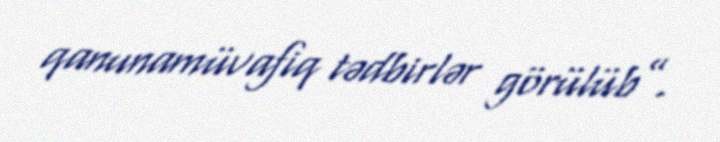
qanunamüvafiq tədbirlər görülüb”.